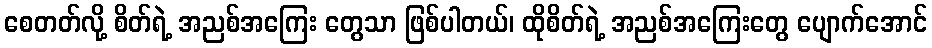
စေတတ်လို့ စိတ်ရဲ့ အညစ်အကြေး တွေသာ ဖြစ်ပါတယ်၊ ထိုစိတ်ရဲ့ အညစ်အကြေးတွေ ပျောက်အောင်